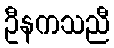
ဦနကသညီ